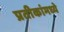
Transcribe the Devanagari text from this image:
प्रतीकांमध्ये